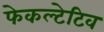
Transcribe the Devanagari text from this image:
फेकल्टेटिव